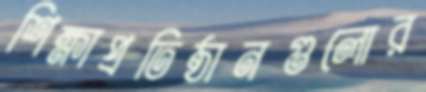
শিক্ষাপ্রতিষ্ঠানগুলোর